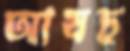
আষঢ়